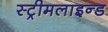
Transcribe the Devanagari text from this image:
स्ट्रीमलाइन्ड